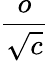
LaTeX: \frac{o}{\sqrt{c}}